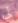
لي